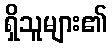
ရှိသူများ၏